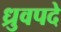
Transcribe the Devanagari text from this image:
ध्रुवपदे